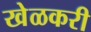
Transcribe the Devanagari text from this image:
खेळकरी